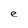
Character: e